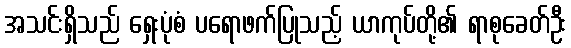
အသင်းရှိသည် ရှေးပုံစံ ပရောဖက်ပြုသည့် ယာကုပ်တို့၏ ရာစုခေတ်ဦး